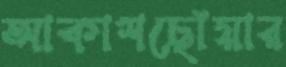
আকাশছোঁয়ার